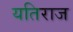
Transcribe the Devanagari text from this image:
यतिराज